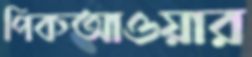
পিকআওয়ার